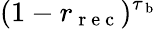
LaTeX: (1-r_{\mathrm{~r~e~c~}})^{\tau_{\mathrm{~b~}}}